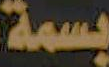
بسمة